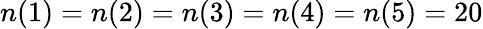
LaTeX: n\! \left(1\right)=n\! \left(2\right)=n\! \left(3\right)=n\! \left(4\right)=n\! \left(5\right)=20